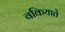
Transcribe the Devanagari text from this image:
वकियाते